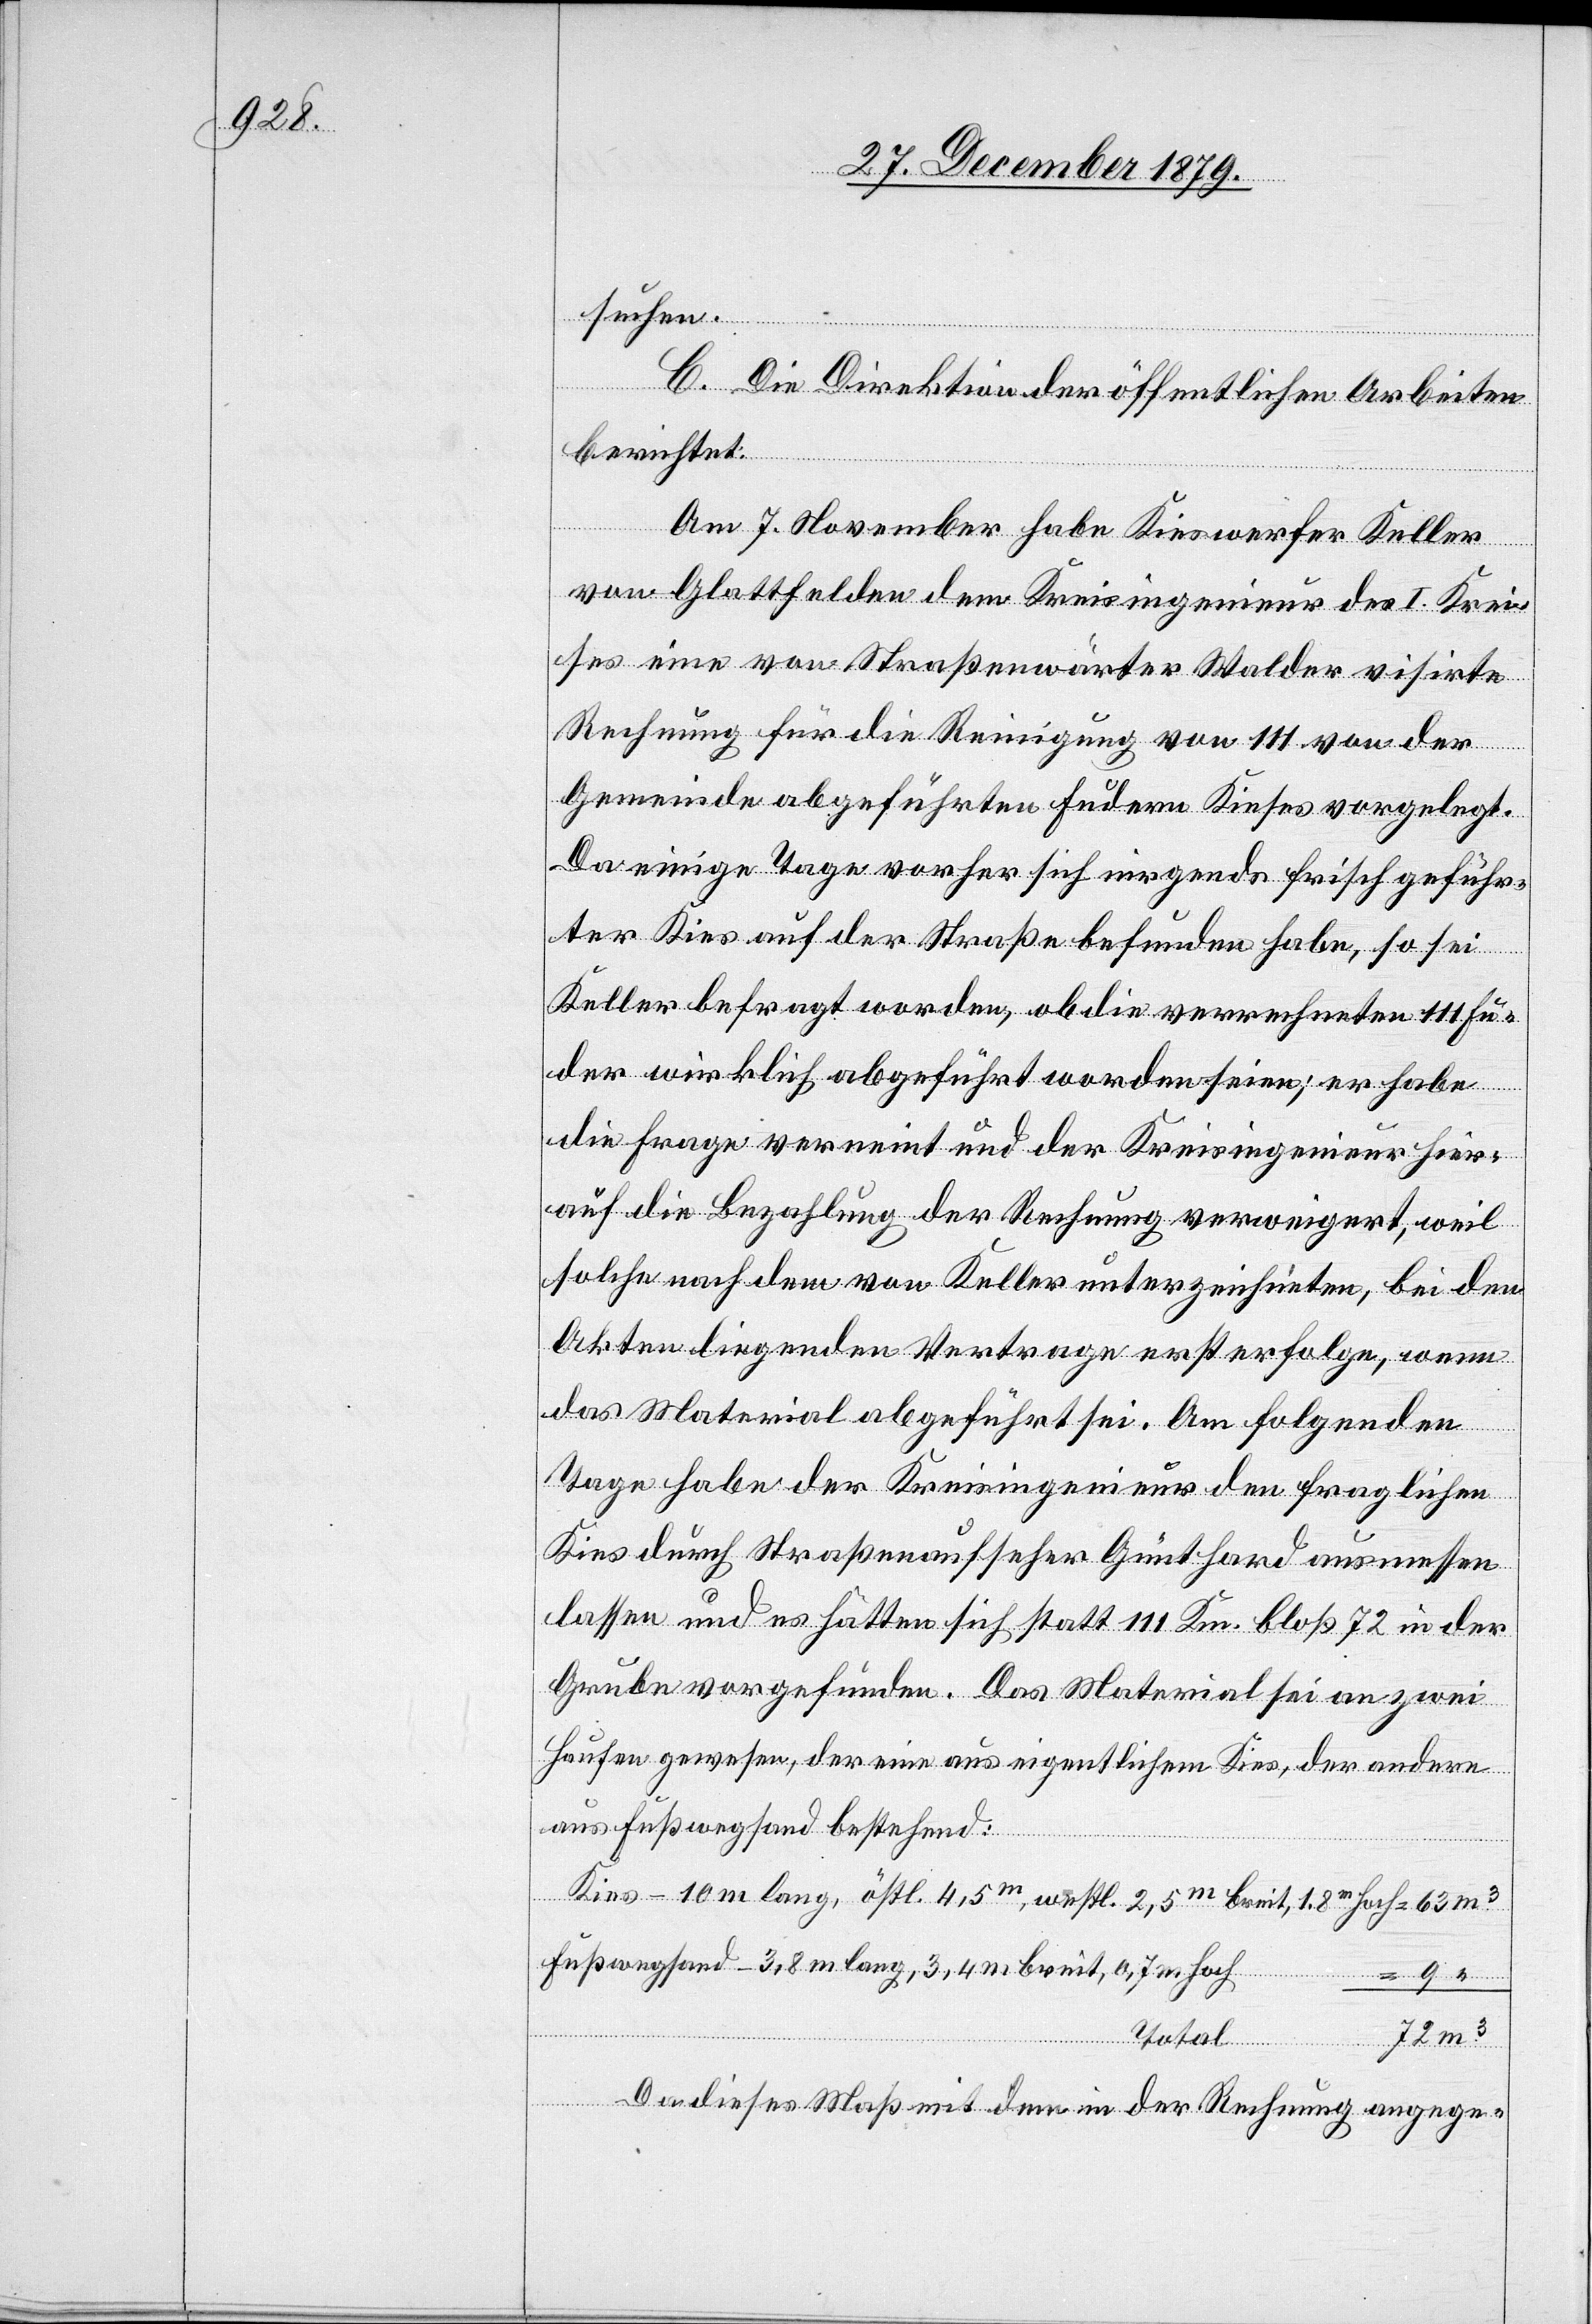
suchen.
C. Die Direktion der öffentlichen Arbeiten
berichtet:
am 7. November habe Kieswerfer Keller
von Glattfelden dem Kreisingenieur des I. Krei¬
ses eine von Straßenwärter Walder visirte
Rechnung für die Reinigung von 111 von der
Gemeinde abgeführten Fudern Kieses vorgelegt.
Da einige Tage vorher sich nirgends frisch geführ¬
ter Kies auf der Straße befunden habe, so sei
Keller befragt worden, ob die verrechneten 111 Fur¬
der wirklich abgeführt worden seien; er habe
die Frage verneint und der Kreisingenieur hier¬
auf die Bezahlung der Rechnung verweigert, weil
solche nachdem von Keller unterzeichneten, bei den
Akten liegenden Vertrage erst erfolge, wenn
das Material abgeführt sei. Am folgenden
Tage habe der Kreisingenieur den fraglichen
Kies durch Straßenaufseher Günthard ausmessen
lassen und es hätten sich statt 111 Km. bloß 72 in der
Grube vorgefunden. Das Material sei an zwei
Haufen gewesen, der eine aus eigentlichem Kies, der andere
aus Fußwegsand bestehend:
Kies – 10 m lang, östl. 4,5 m , westl. 2,5 m breit, 1,8 m hoch
Fußwegsand – 3,8 m lang, 3,4 m breit, 0,7 m hoch
Total
m3
Da dieses Maß mit dem in der Rechnung angege-